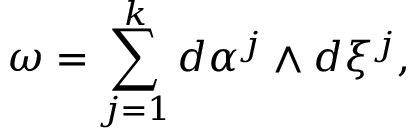
\omega = \sum _ { j = 1 } ^ { k } d \alpha ^ { j } \wedge d \xi ^ { j } ,